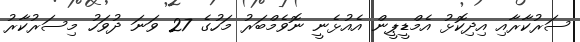
ސަރުކާރާއި އިދިކޮޅު އެމްޑީޕީން އެއުޅެނީ ނޮވެމްބަރު މަހުގެ 27 ވަނަ ދުވަހު މިސަރުކާރު